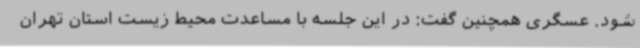
شود. عسگری همچنین گفت: در این جلسه با مساعدت محیط زیست استان تهران